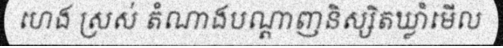
ហេង ស្រស់ តំណាងបណ្តាញនិស្សិតឃ្លាំមើល